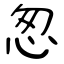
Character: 怱